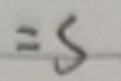
$=S$